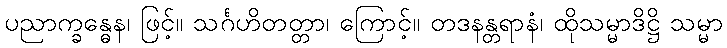
ပညာက္ခန္ဓေန၊ ဖြင့်။ သင်္ဂဟိတတ္တာ၊ ကြောင့်။ တဒနန္တရာနံ၊ ထိုသမ္မာဒိဋ္ဌိ သမ္မာ